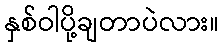
နှစ်ဝါပို့ချတာပဲလား။